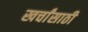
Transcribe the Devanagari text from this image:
खर्चांसाठी